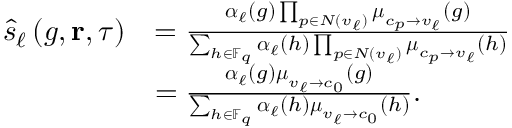
\begin{array} { r l } { \hat { s } _ { \ell } \left( g , \ensuremath { \mathbf { r } } , \tau \right) } & { = \frac { \boldsymbol { \alpha } _ { \ell } ( g ) \prod _ { p \in N ( v _ { \ell } ) } \boldsymbol { \mu } _ { c _ { p } \to v _ { \ell } } ( g ) } { \sum _ { h \in \mathbb { F } _ { q } } \boldsymbol { \alpha } _ { \ell } ( h ) \prod _ { p \in N ( v _ { \ell } ) } \boldsymbol { \mu } _ { c _ { p } \to v _ { \ell } } ( h ) } } \\ & { = \frac { \boldsymbol { \alpha } _ { \ell } ( g ) \boldsymbol { \mu } _ { v _ { \ell } \to c _ { 0 } } ( g ) } { \sum _ { h \in \mathbb { F } _ { q } } \boldsymbol { \alpha } _ { \ell } ( h ) \boldsymbol { \mu } _ { v _ { \ell } \to c _ { 0 } } ( h ) } . } \end{array}